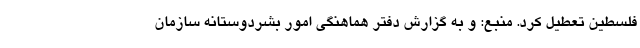
فلسطین تعطیل کرد. منبع: و به گزارش دفتر هماهنگی امور بشردوستانه سازمان